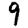
Digit: 9